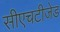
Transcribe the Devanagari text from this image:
सीएचटीजेड